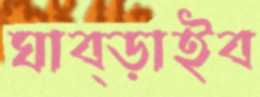
ঘাব্‌ড়াইব